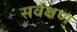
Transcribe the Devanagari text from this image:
सर्वेक्षण्